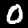
Label: 0